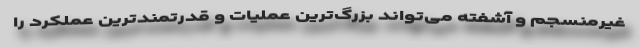
غیرمنسجم و آشفته می‌تواند بزرگ‌ترین عملیات و قدرتمندترین عملکرد را